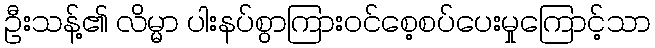
ဦးသန့်၏ လိမ္မာ ပါးနပ်စွာကြားဝင်စေ့စပ်ပေးမှုကြောင့်သာ